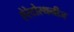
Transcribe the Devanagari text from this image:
ऐरेटोस्थनीज